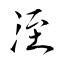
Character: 洷